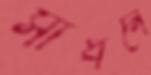
সাধনে